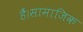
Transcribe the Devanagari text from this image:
हैं।सामाजिक